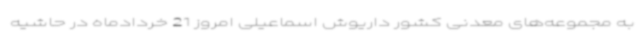
به مجموعه‌های معدنی کشور داریوش اسماعیلی امروز 21 خردادماه در حاشیه